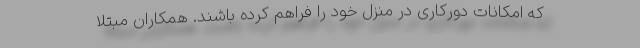
که امکانات دورکاری در منزل خود را فراهم کرده باشند. همکاران مبتلا